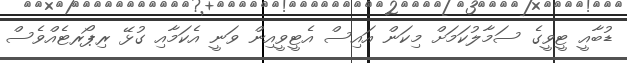
ޑުބާއީ ޓީވީގެ ސަމާލުކަމަށް މިކަން އައިސް އެޓީވީއިން ވަނީ އެކަމާއި ގުޅޭ ރިޕޯރޓެއްވެސް